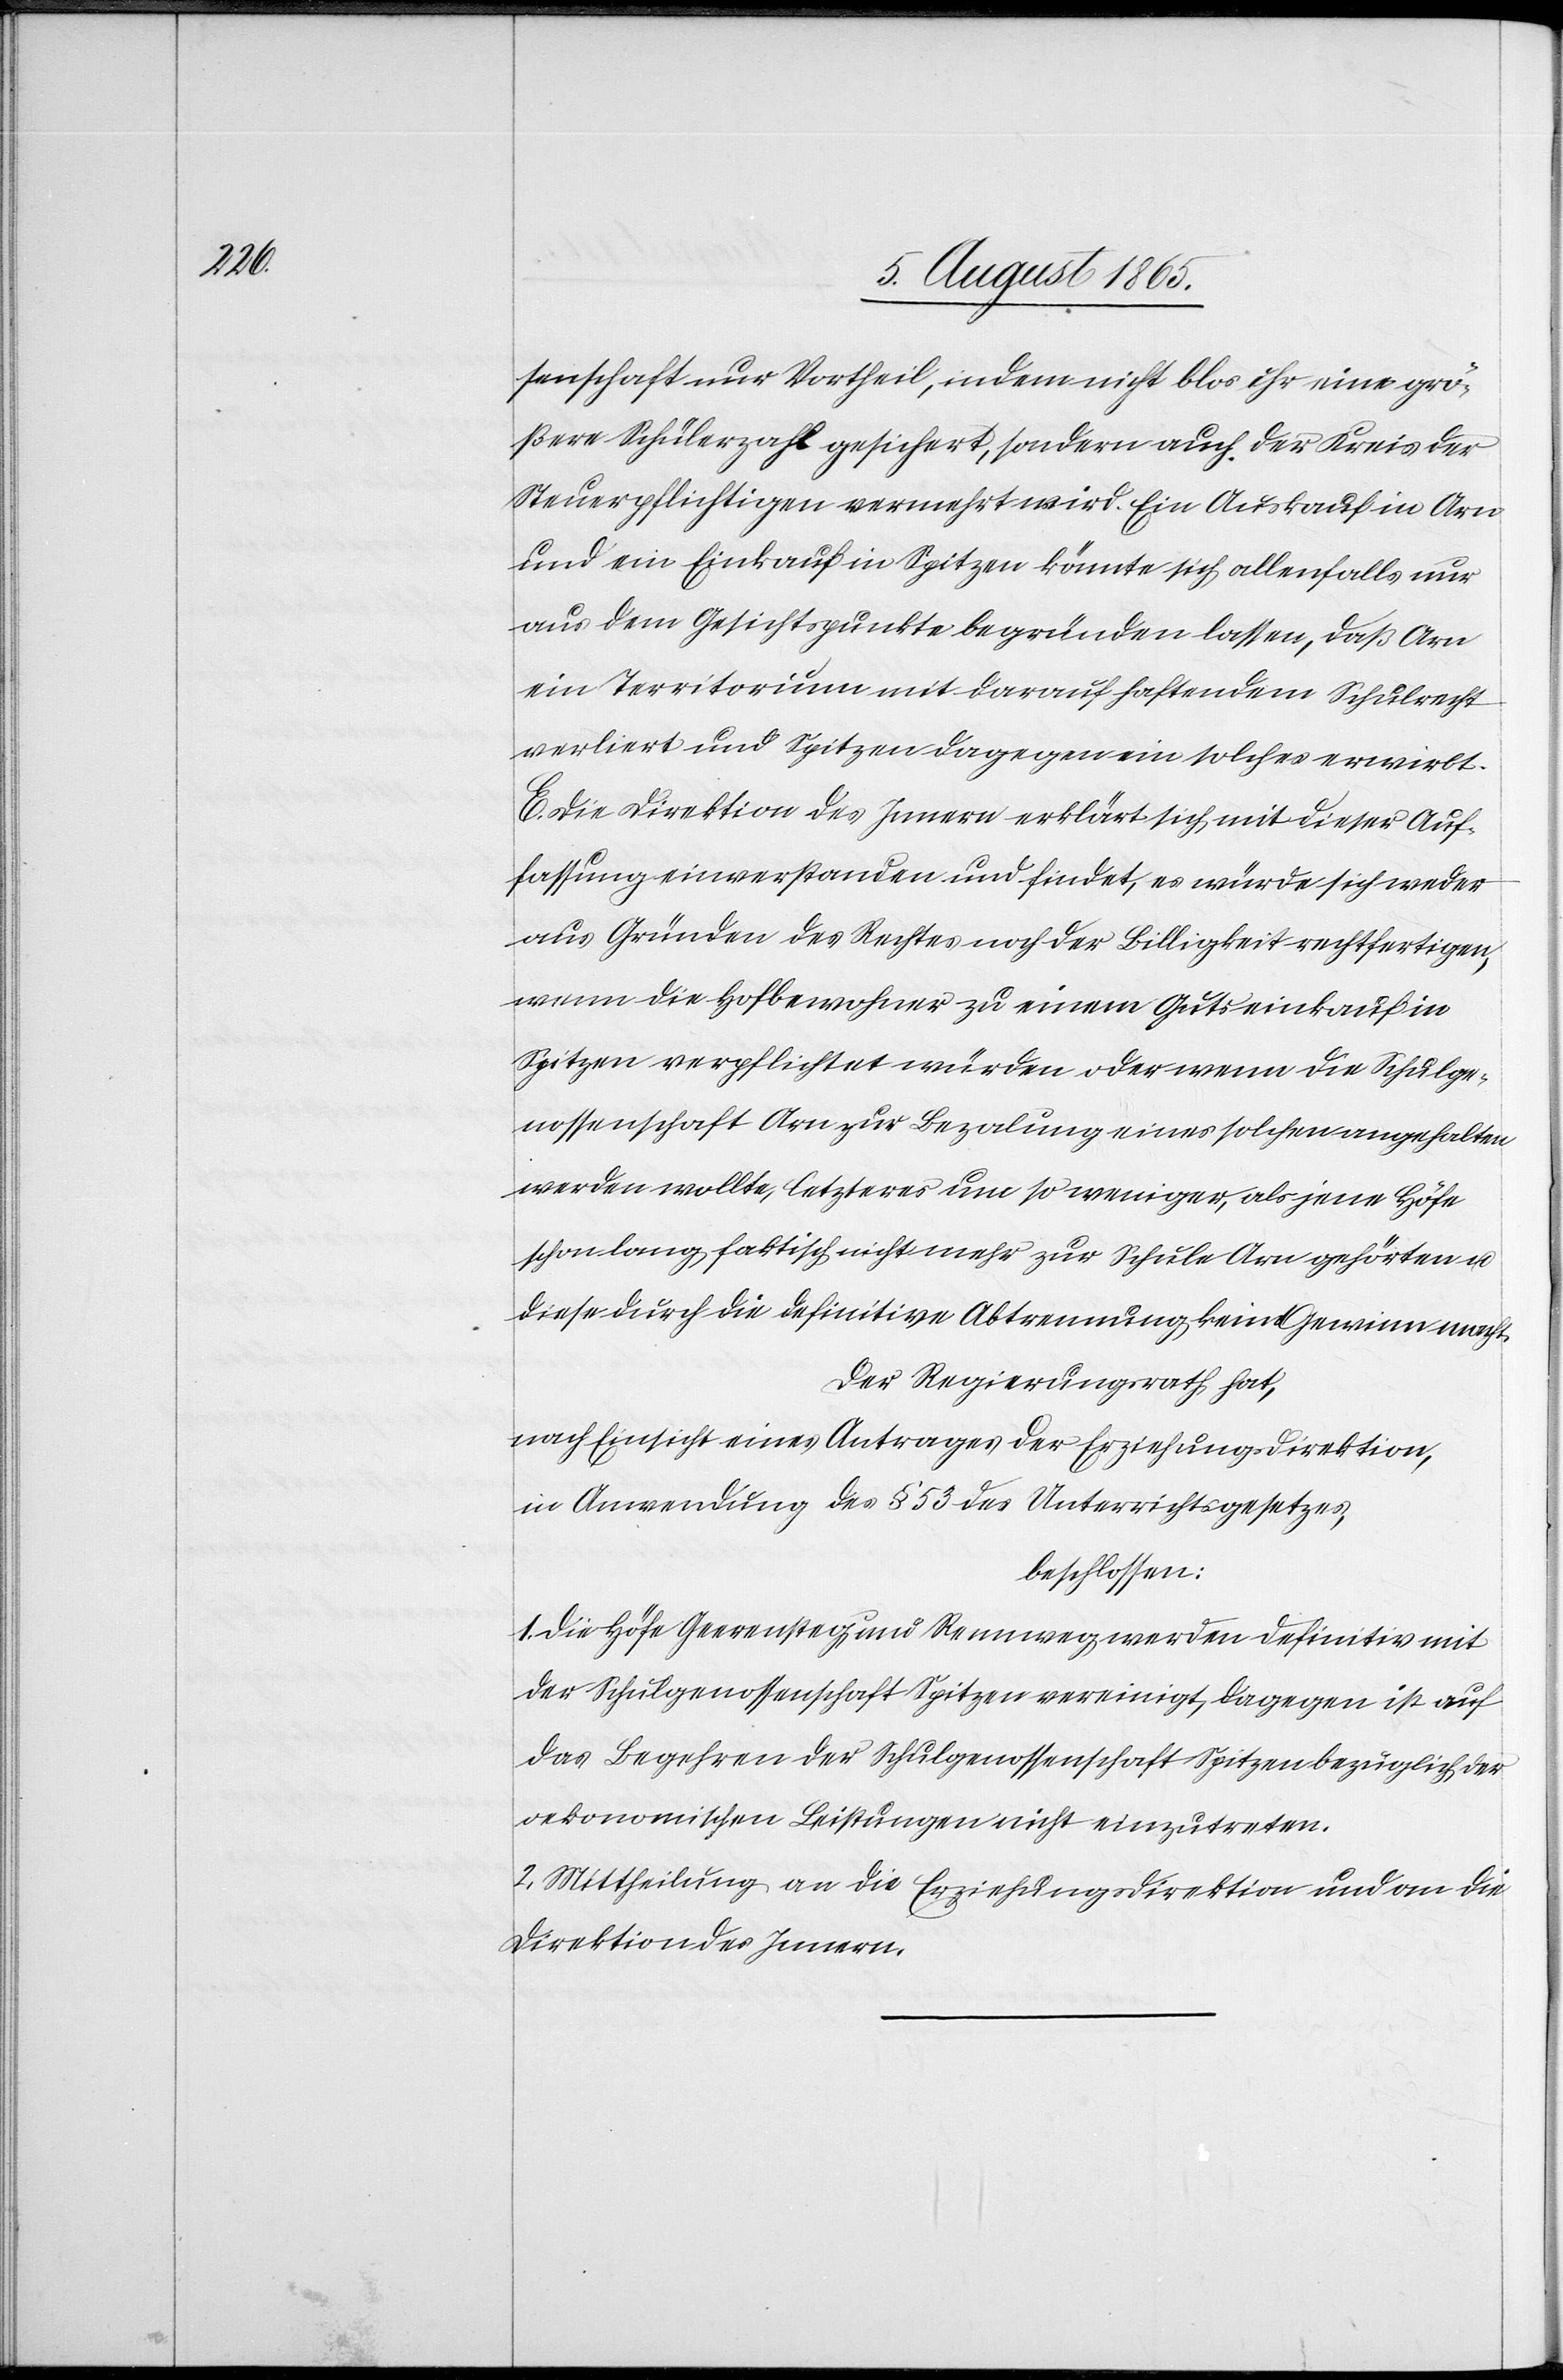
senschaft nur Vortheil, indem nicht blos eine grö¬
ßere Schülerzahl gesichert, sondern auch der Kreis der
Steuerpflichtigen vermehrt wird. Ein Auskauf in Arn
und ein Einkauf in Spitzen könnte sich allenfalls nur
aus dem Gesichtspunkte begründen lassen, daß Arn
ein Territorium mit darauf haftendem Schulrecht
verliert und Spitzen dagegen ein solches erwirbt.
E. Die Direktion des Innern erklärt sich mit dieser Auf¬
fassung einverstanden und findet, es würde sich weder
aus Gründen des Rechtes noch der Billigkeit rechtfertigen,
wenn die Hofbewohner zu einem Gutseinkauf in
Spitzen verpflichtet würden oder wenn die Schulge¬
nossenschaft Arn zur Bezalung eines solchen angehalten
werden wollte, letzteres um so weniger, als jene Höfe
schon lang faktisch nicht mehr zur Schule Arn gehörten u.
diese durch die definitive Abtrennung kein Gewinn macht.
Der Regierungsrath hat,
nach Einsicht eines Antrages der Erziehungsdirektion,
in Anwendung des § 53 des Unterrichtsgesetzes,
beschlossen:
1. Die Höfe Geerensteg und Rennweg werden definitiv mit
der Schulgenossenschaft Spitzen vereinigt, dagegen ist auf
das Begehren der Schulgenossenschaft Spitzen bezüglich der
oekonomischen Leistungen nicht einzutreten.
2. Mittheilung an die Erziehungsdirektion und an die
Direktion des Innern.